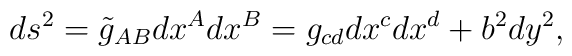
ds^{2}=\tilde{g}_{AB}dx^A dx^B = g_{cd} dx^{c}dx^{d} + b^{2}dy^{2},